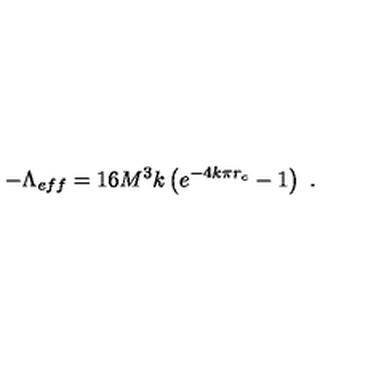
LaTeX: - \Lambda _ { e f f } = 1 6 M ^ { 3 } k \left( e ^ { - 4 k \pi r _ { c } } - 1 \right) \ .